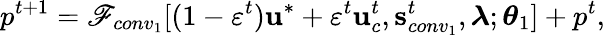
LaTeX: p^{t+1}=\mathscr{F}_{conv_{1}}[(1-\varepsilon^{t})\mathbf{u}^{*}+\varepsilon^{t}\mathbf{u}_{c}^{t},\mathbf{s}_{conv_{1}}^{t},\boldsymbol{\lambda};\boldsymbol{\theta}_{1}]+p^{t},